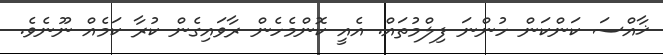
ޚާއްސަ ކަންކަން ހުންނަ ފިލްމުތައް. އެއީ ކޮންމެހެން ރާވައިގެން ކުރާ ކަމެއް ނޫނެވެ.